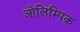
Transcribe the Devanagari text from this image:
ओलिम्पिक़